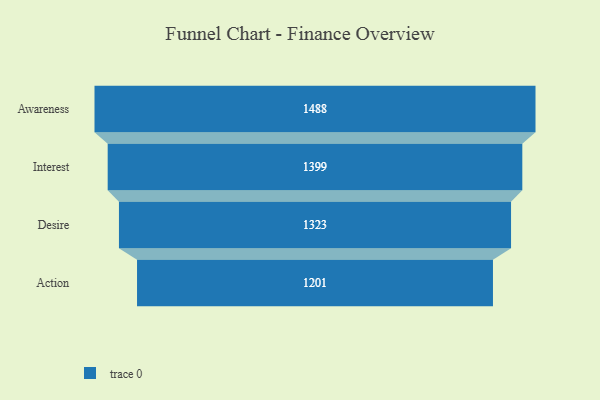
{"axis": {"x": "Stage", "y": "Value"}, "legend": [""], "data": [{"x": "Awareness", "y": 1488.0, "type": ""}, {"x": "Interest", "y": 1399.0, "type": ""}, {"x": "Desire", "y": 1323.0, "type": ""}, {"x": "Action", "y": 1201.0, "type": ""}]}